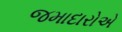
જમાદારોએ